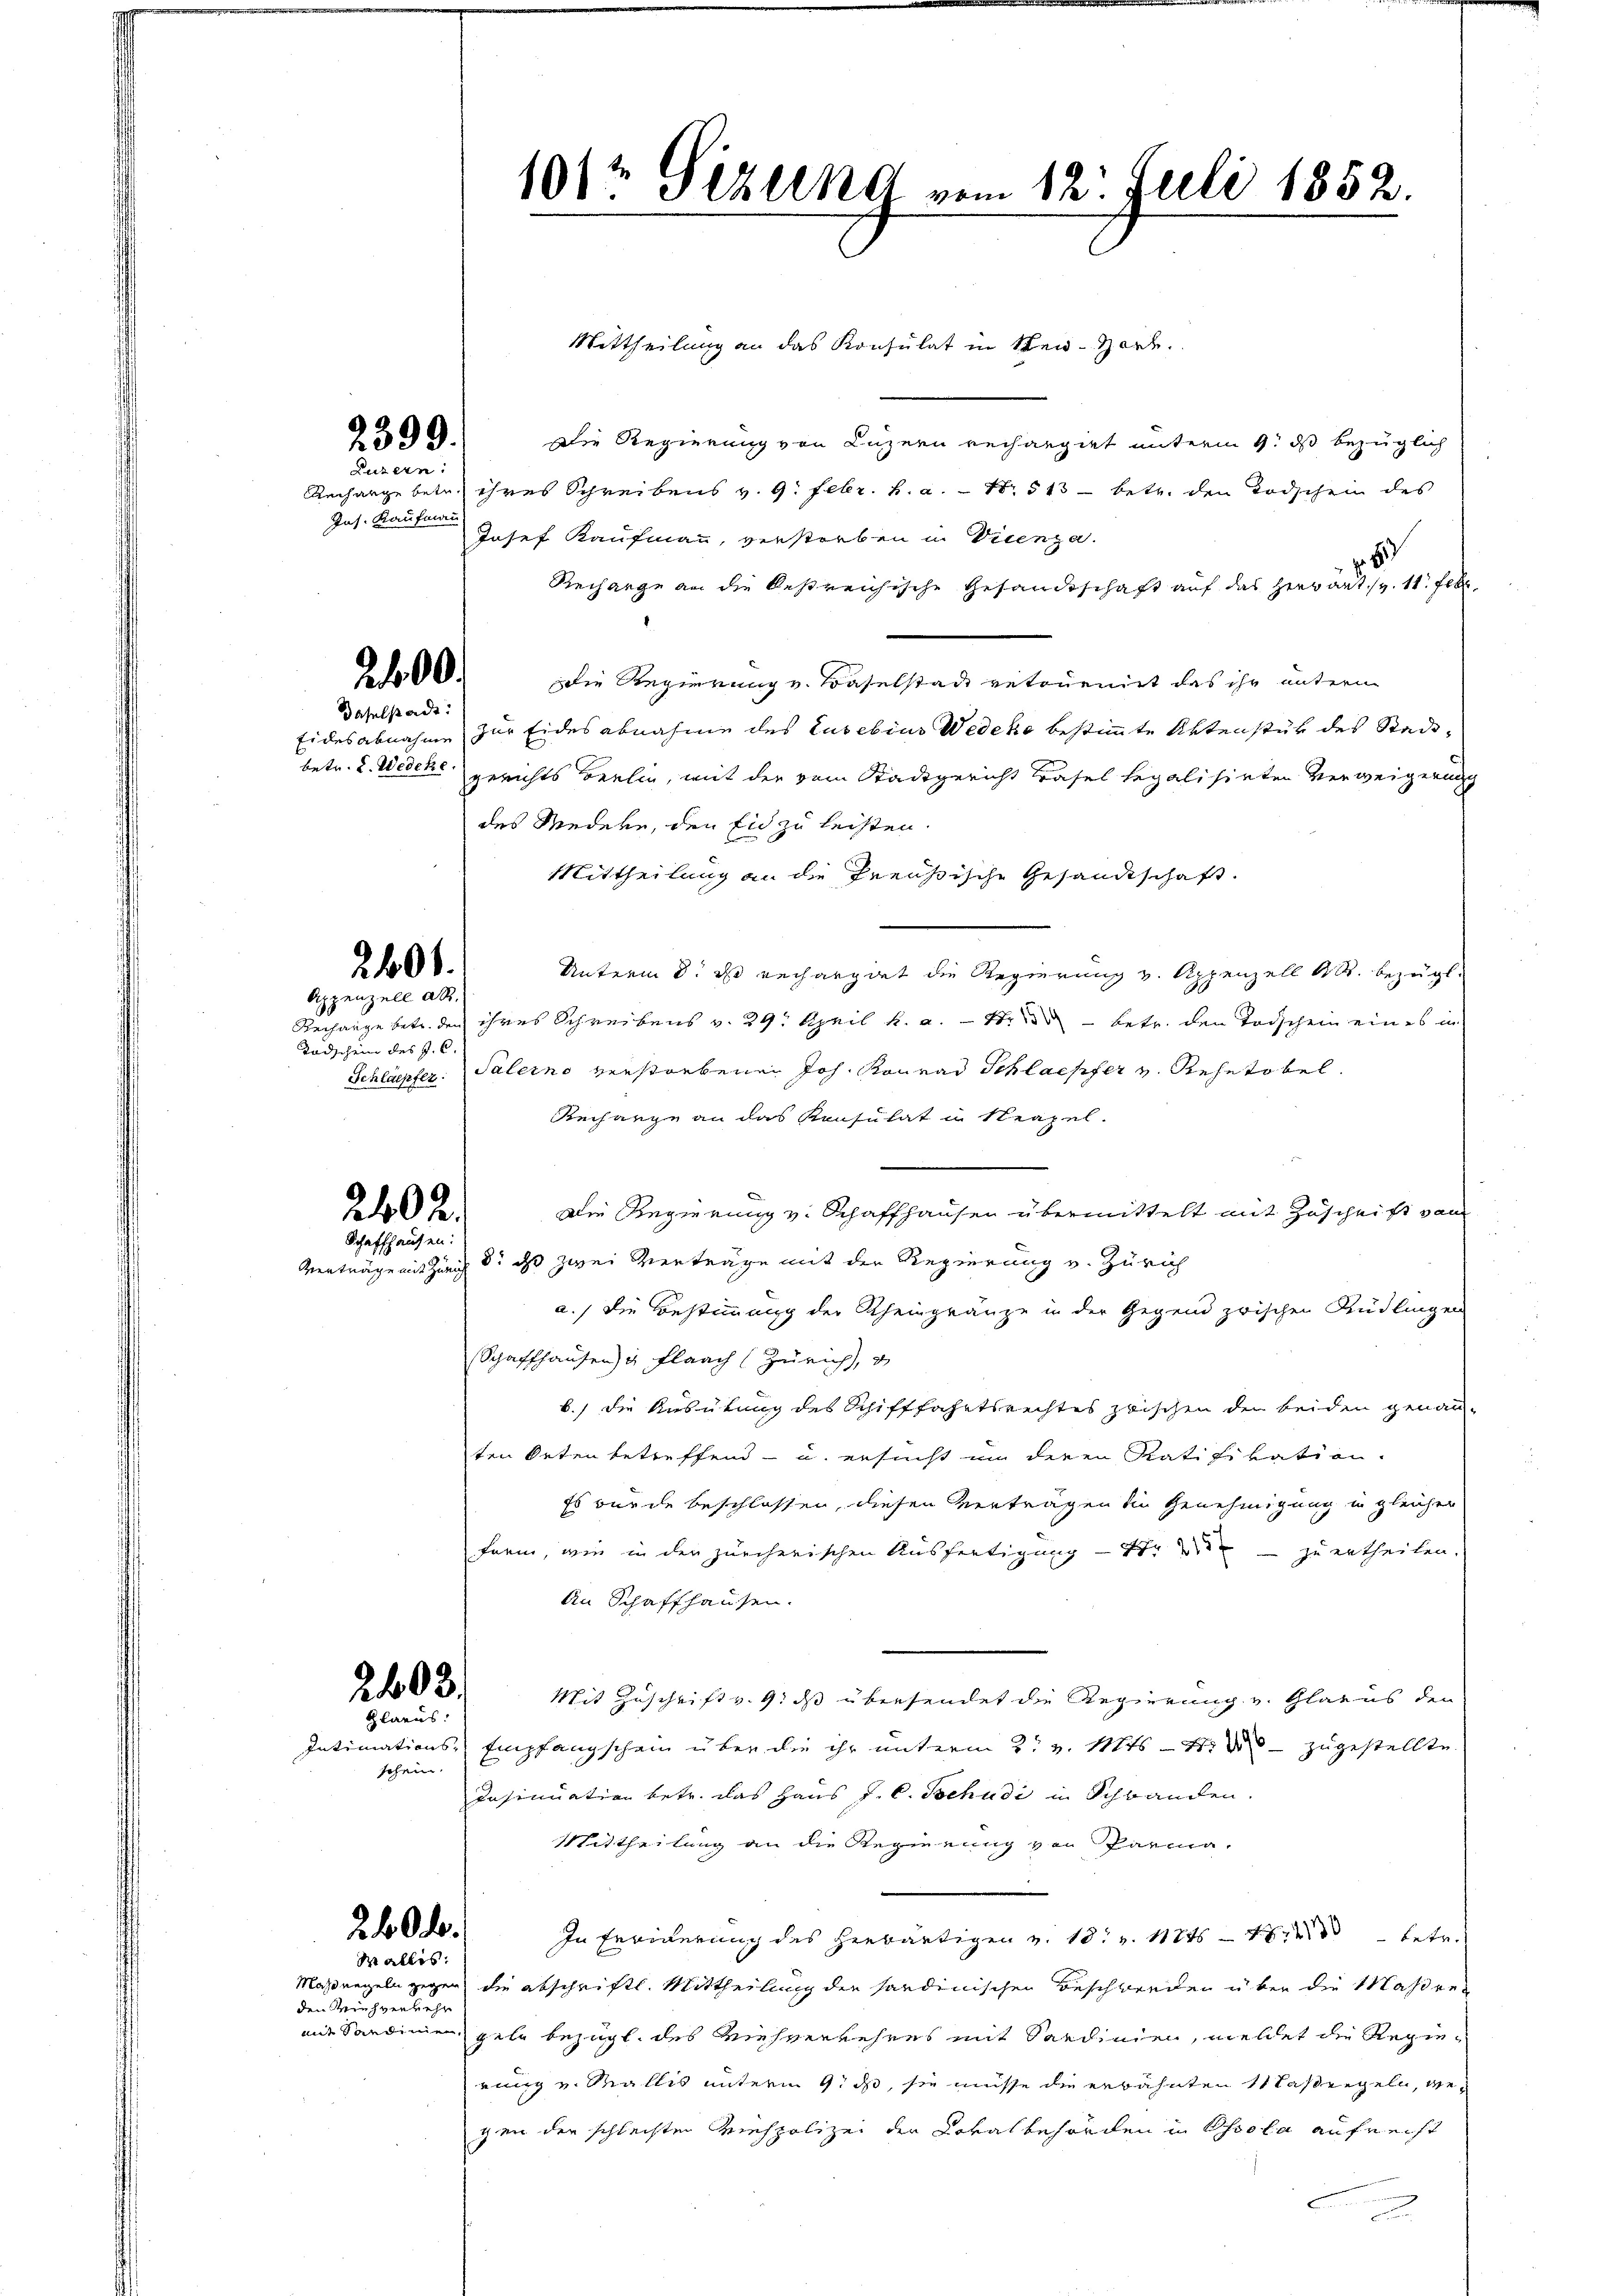
2399.

Luzern:
Jns. Kaufmann

2400.

daselstadt:

2401.

Appenzell ab
Tadschein des J. C.

2402.
Schaffhausen:

2403.
Glarus:

schein.

260 l.

Wallis.
den Kriehverkehr

Mittheilung an das Konsulat in Kei-Mark
Die Regierung von Luzern rechargiet unterm 9. ds bezüglich
Rechange betr. ihres Schreibens v. 9. Febr. h. a. — No. 513 betr. den Todschen des
Josef Kaufmann, verstorben in Vicenza.
 8
Recharge an die bestreichische Gesandtschaft auf das Herwart v. 11. Febr.
die Regierung v. Baselstade retournirt das ihr untern
Eidesabnahme zur Eidesabnahme des Lusebius Wedeke bestimmte Aktenstük des Stadtbetr. L. Wedeke gerichts Berlin, mit der vom Stadtgericht Basel legalisirten Verweigerung
des Medere, den Eid zu leisten.
Mittheilung an die Preußische Gesandtschaft.
Unterm 8. ds rechargiet die Regierung v. Appenzell A. bezügl.
Rechange betr. den ihres Schreibens v. 29. April h. a. — St. - betr. den Todschein eines in
Schläpfer: Palerno verstorbenen Joh. Konrad Schlaepfer v. Rehetobel.
Recharge an das Konsulat in Neapel.
Die Regierung v. Schaffhausen übermittelt mit Zuschrift vom
Verträge mit Zürich dr ds zwei Verträge mit der Regierung v. Zürich
a.) die Bestimmung der Rheingränze in der Gegend zwischen Rüdlingen
Schaffhausen & Flaach (Zürich, v
b.) die Ausübung des Schifffahrtsrechtes zwischen der beiden genau-
ten Orten betreffend - u. ersucht in deren Ratifikation.
Es wurde beschlossen, diesen Vertragen die Genehmigung in gleicher
farm, wie in der zürcherischen Ausfertigung - 4. 22 zu ertheilen.
An Schaffhausen.
Mit Zuschrift v. 9. ds übersendet die Regierung v. Glarus den
Intimations- Empfangschein über die ihr unterm 2. v. Mts. - 4. zugestellte
Insinuation betr. das Haus J. C. Tschudi in Schwanden.
Mittheilung an die Regierung von Parma.
In Freiderung des herwärtigen v. 18. v. 1747 betr.
Maßregeln gegen die abschriftl. Mittheilung der sardinischen Beschwerden über die Masser
mis Sandinen gele bezügl. des Viehverkehres mit Sardinien, meldet die Regierung v. Wallis unterm 9. ds, sie müsse die erwähnten Maßregeln, wegen der schlechten Miespolizei der Lokalbehörden in Oscola aufrecht
a

1012 Sizung vom 12. Juli 1852.